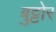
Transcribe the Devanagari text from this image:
बुट्टोर